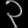
Digit: ၃